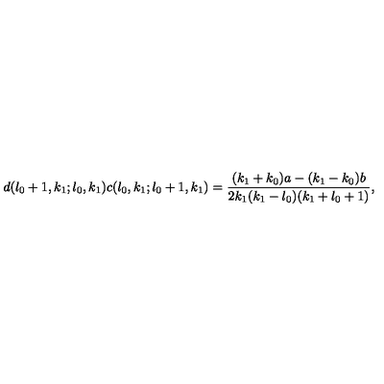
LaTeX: d ( l _ { 0 } + 1 , k _ { 1 } ; l _ { 0 } , k _ { 1 } ) c ( l _ { 0 } , k _ { 1 } ; l _ { 0 } + 1 , k _ { 1 } ) = \frac { ( k _ { 1 } + k _ { 0 } ) a - ( k _ { 1 } - k _ { 0 } ) b } { 2 k _ { 1 } ( k _ { 1 } - l _ { 0 } ) ( k _ { 1 } + l _ { 0 } + 1 ) } ,